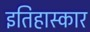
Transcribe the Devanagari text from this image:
इतिहास्कार